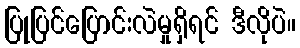
ပြုပြင်ပြောင်းလဲမှုရှိရင် ဒီလိုပဲ။